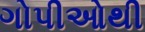
ગોપીઓથી